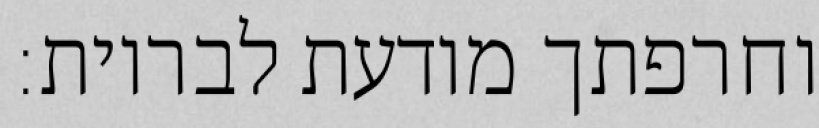
וחרפתך מודעת לבריות: